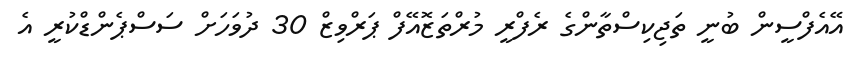
އޭއެފްސީން ބުނީ ތަޖިކިސްތާންގެ ރެފްރީ މުރްތަޒޮއޭފް ޕަރްވިޒް 30 ދުވަހަށް ސަސްޕެންޑްކުރީ އެ